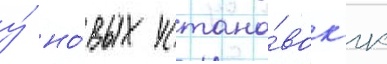
у́ но́вых устано́вок гк